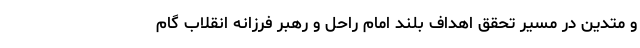
و متدین در مسیر تحقق اهداف بلند امام راحل و رهبر فرزانه انقلاب گام